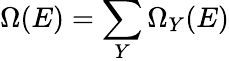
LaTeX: \Omega(E)=\sum_{Y}\Omega_{Y}(E)